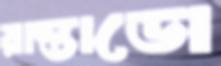
রাস্তাডো